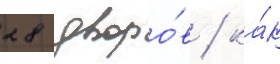
28 дворо́в / ка́к